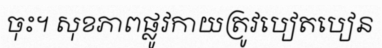
ចុះ។ សុខភាពផ្លូវកាយត្រូវបៀតបៀន